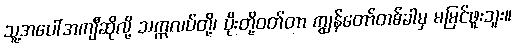
သူ့အပေါ်အကျီဆိုလို့ သက္ကလပ်တို့၊ ပိုးတို့ဝတ်တာ ကျွန်တော်တစ်ခါမှ မမြင်ဖူးဘူး။